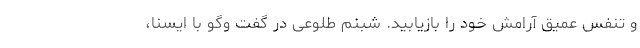
و تنفس عمیق آرامش خود را بازیابید. شبنم طلوعی در گفت وگو با ایسنا،